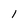
Character: I